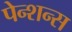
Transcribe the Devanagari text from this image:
पेन्शन्स